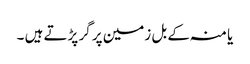
یا منہ کے بل زمین پر گر پڑتے ہیں ۔